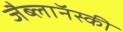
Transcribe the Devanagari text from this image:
जैब्लाॅनस्की